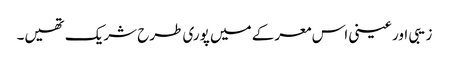
زیبی اور عینی اس معرکے میں پوری طرح شریک تھیں۔